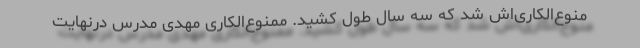
منوع‌الکاری‌اش شد که سه سال طول کشید. ممنوع‌الکاری مهدی مدرس درنهایت